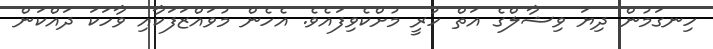
ހިނގަމުން ދިޔަ ވިޝާލްގެ އަތް ހުރީ މުށްކެވިފައެވެ. އެހެން މުވައްޒަފަކާއި ވާހަކަ ދައްކަން